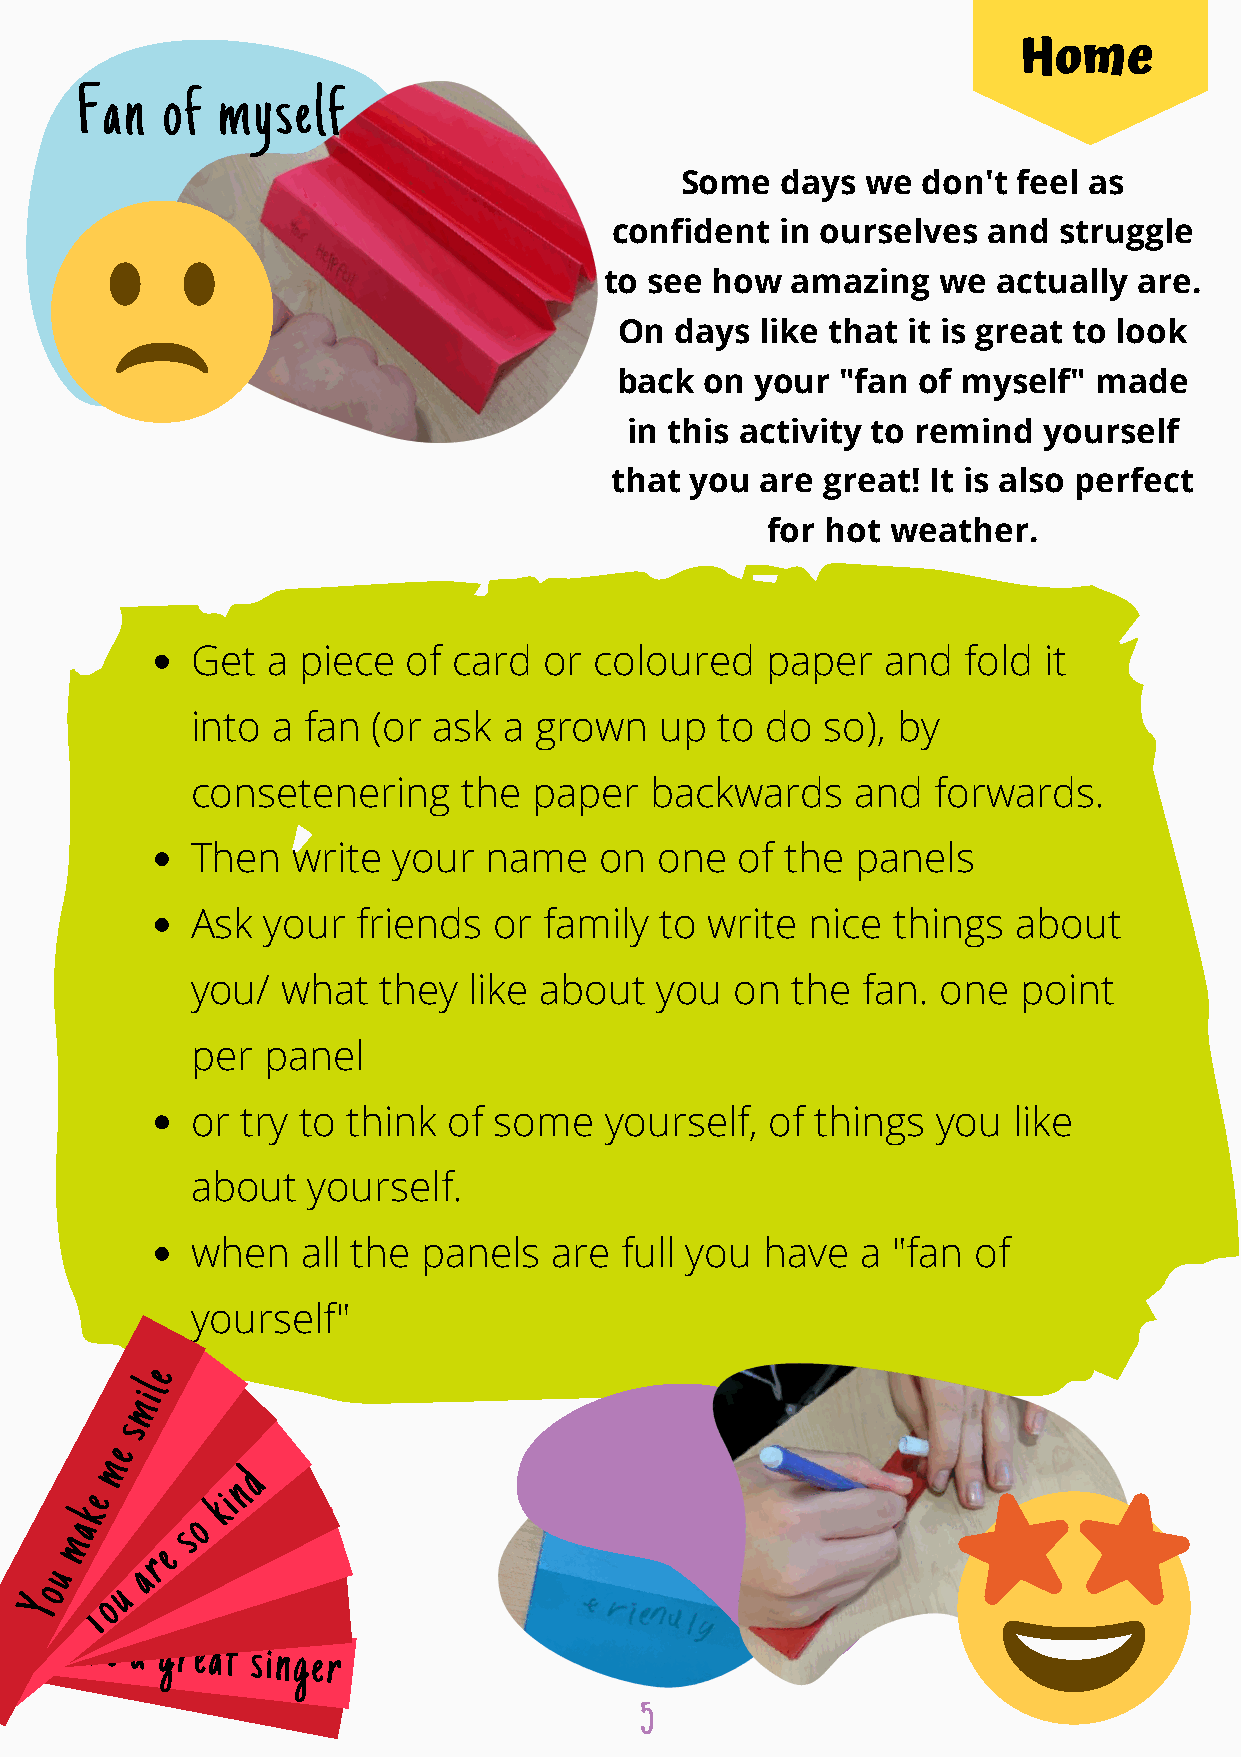
Home
 Fan  of  myself
 Some  days  we  don't feel as
 confident  in ourselves  and  struggle
 to see how  amazing   we actually  are.
 On  days  like that it is great to look
 back  on  your "fan of myself"  made
 in this activity to remind  yourself
 that you  are great! It is also perfect
 for hot weather.
 Get  a piece  of  card  or coloured   paper   and  fold  it
 into  a fan (or ask  a grown   up  to do  so), by
 consetenering     the  paper   backwards    and  forwards.
 Then   write  your  name   on  one  of the  panels
 Ask  your  friends  or  family to write  nice  things  about
 you/  what   they  like about  you  on  the  fan. one  point
 per  panel
 or  try to think of some    yourself, of  things  you  like
 about   yourself.
 when   all the panels   are  full you have  a  "fan of
 yourself"
 e
 l
 i
 m
 s
 e
 m
 d
 e
 kin
 k
 o
 a      s
 m
 e
 r
 u     a
 o    u
 Y   Yo
 You are a great
 singer
 5